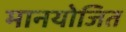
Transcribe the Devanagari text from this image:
मानयोजित